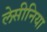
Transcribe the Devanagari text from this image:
लेसीनिया